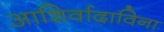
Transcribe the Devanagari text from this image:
आशिर्वादाविना